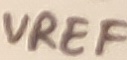
Text: VREF